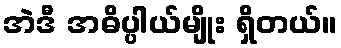
အဲဒီ အဓိပ္ပါယ်မျိုး ရှိတယ်။